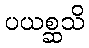
ပယစ္ဆသိ